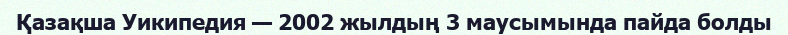
Қазақша Уикипедия — 2002 жылдың 3 маусымында пайда болды